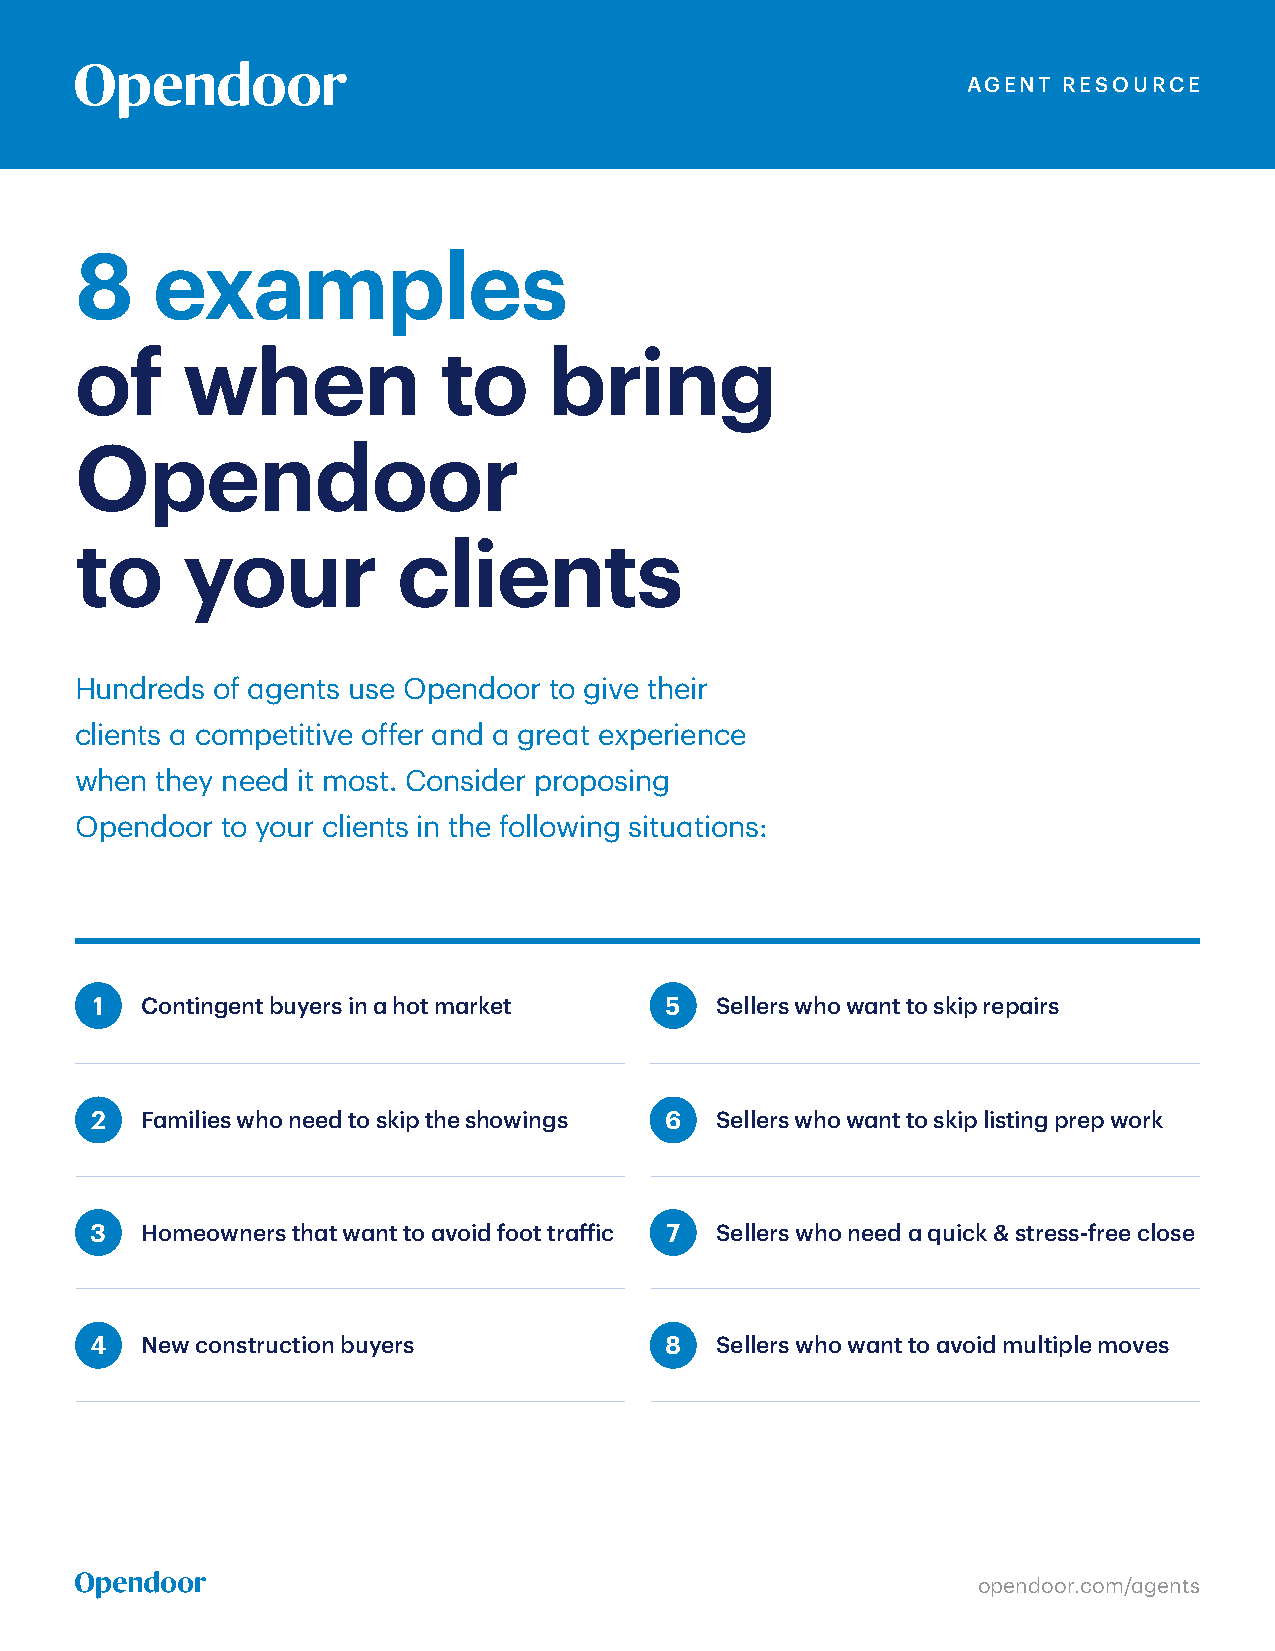
AGENT RESOURCE
 8    examples
 of     when             to     bring
 Opendoor
 to     your          clients
 Hundreds of agents use Opendoor to give their
 clients a competitive offer and a great experience
 when they need it most. Consider proposing
 Opendoor  to your clients in the following situations:
 1  Contingent buyers in a hot market  5  Sellers who want to skip repairs
 2  Families who need to skip the showings 6 Sellers who want to skip listing prep work
 3  Homeowners that want to avoid foot traffic 7 Sellers who need a quick & stress-free close
 4  New construction buyers            8  Sellers who want to avoid multiple moves
 opendoor.com/agents